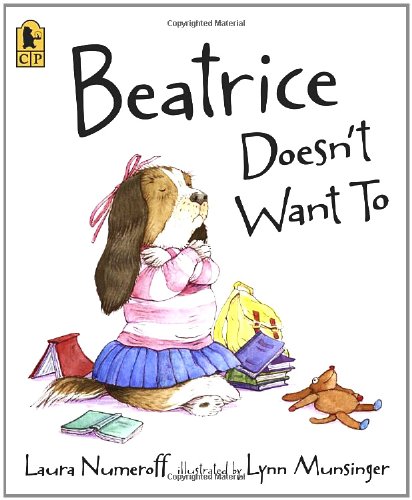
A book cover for Beatrice Doesn't Want To; Laura Numeroff; Children's Books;